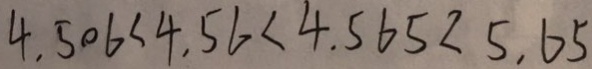
4 . 5 0 6 < 4 . 5 6 < 4 . 5 6 5 < 5 . 6 5